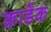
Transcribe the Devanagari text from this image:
कार्डेक